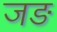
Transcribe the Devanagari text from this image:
जङ